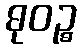
ဓုဝဉ္စ